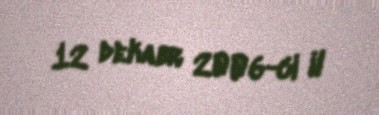
12 dekabr 2006-ci il